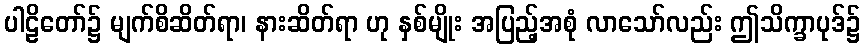
ပါဠိတော်၌ မျက်စိဆိတ်ရာ၊ နားဆိတ်ရာ ဟု နှစ်မျိုး အပြည့်အစုံ လာသော်လည်း ဤသိက္ခာပုဒ်၌